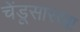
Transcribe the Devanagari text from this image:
चेंडूसारखा